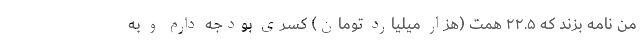
من نامه بزند که ۲۲.۵ همت (هزار میلیارد تومان) کسری بودجه دارم و به